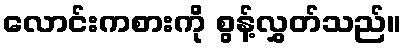
လောင်းကစားကို စွန့်လွှတ်သည်။